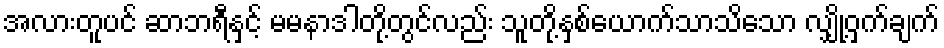
အလားတူပင် ဆာဘရီနှင့် မမနာဒါတို့တွင်လည်း သူတို့နှစ်ယောက်သာသိသော လျှို့ဝှက်ချက်